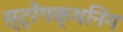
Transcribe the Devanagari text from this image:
स्ट्रेंगक्थनिंग